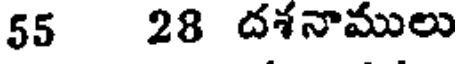
55 28 దశనాములు